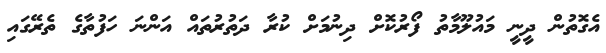
އެގޮތުން ދީނީ މައުލޫމާތު ފޯރުކޮށް ދިނުމަށް ކުރާ ދަތުރުތައް އަންނަ ހަފުތާގެ ތެރޭގައި